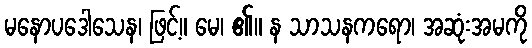
မနောပဒေါသေန၊ ဖြင့်။ မေ၊ ၏။ န သာသနကရော၊ အဆုံးအမကို